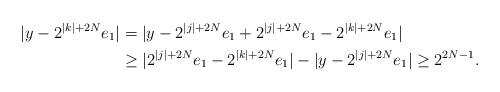
LaTeX: \begin{align*}|y-2^{|k|+2N}e_1|&=|y-2^{|j|+2N}e_1+2^{|j|+2N}e_1-2^{|k|+2N}e_1| \\&\ge |2^{|j|+2N}e_1-2^{|k|+2N}e_1|-|y-2^{|j|+2N}e_1|\ge 2^{2N-1}.\end{align*}